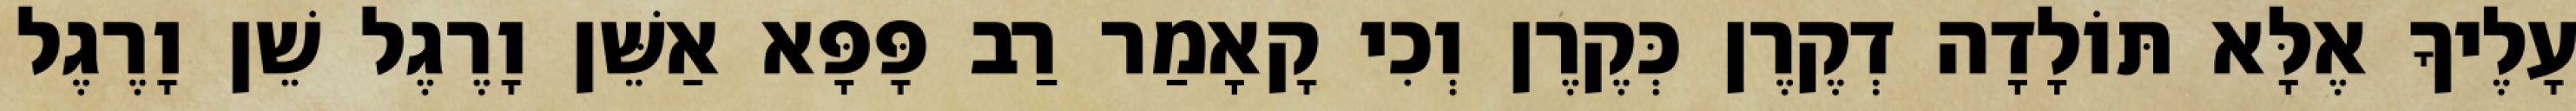
עָלֶיךָ אֶלָּא תּוֹלָדָה דְקֶרֶן כְּקֶרֶן וְכִי קָאָמַר רַב פָּפָּא אַשֵּׁן וָרֶגֶל שֵׁן וָרֶגֶל